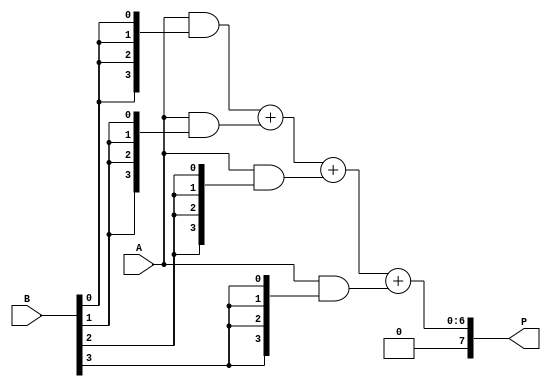
module vedic_multiplier #(parameter N = 4) (
    input [N-1:0] A,
    input [N-1:0] B,
    output reg [2*N-1:0] P
);

    reg [N-1:0] partial_products [0:N-1];
    reg [2*N-1:0] sum [0:N-1];
    integer i, j;

    // Generate partial products
    always @(*) begin
        for (i = 0; i < N; i = i + 1) begin
            partial_products[i] = A & {N{B[i]}};
        end
    end

    // Initialize sum
    always @(*) begin
        sum[0] = {N'b0, partial_products[0]}; // Initialize first sum with the first partial product
        for (i = 1; i < N; i = i + 1) begin
            sum[i] = sum[i-1] + {i'b0, partial_products[i]}; // Add shifted partial products
        end
    end

    // Final product
    always @(*) begin
        P = sum[N-1]; // The final product is the last sum
    end

endmodule